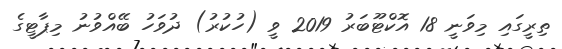
ތިރީގައި މިވަނީ 18 އޮކްޓޫބަރު 2019 ވީ (ހުކުރު) ދުވަހު ބޭއްވުނު މިޕާޓީގެ